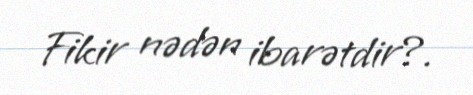
Fikir nədən ibarətdir?.